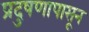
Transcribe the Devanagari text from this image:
प्रदुषणापासून